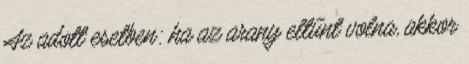
Az adott esetben: ha az arany eltűnt volna, akkor